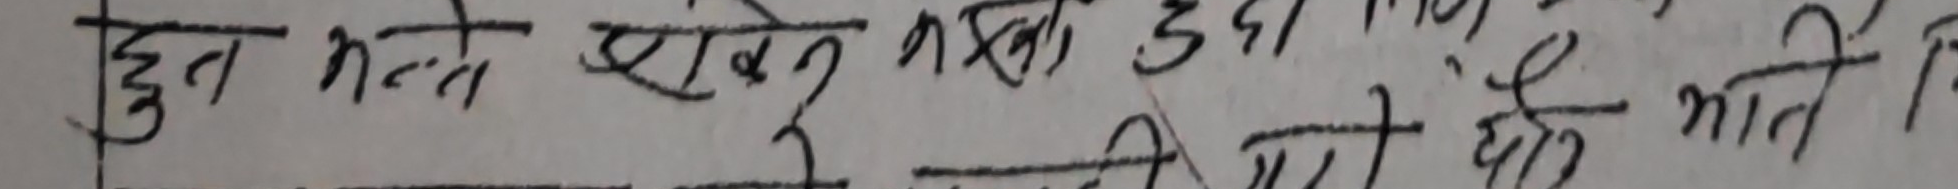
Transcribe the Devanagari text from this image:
हुन भन्थे छाडेन नश्तो ३ ३१ई
पनि गयो भाति